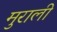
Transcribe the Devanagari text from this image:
मुराली